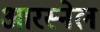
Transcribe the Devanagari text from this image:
आरस्नेल